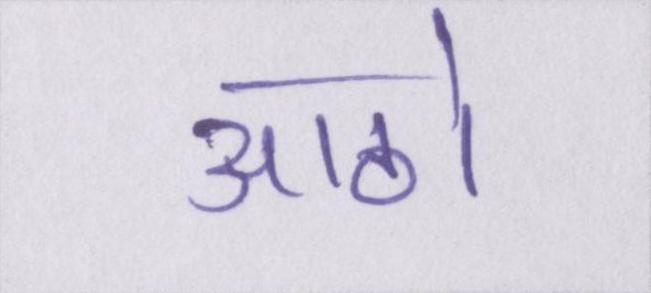
आठो